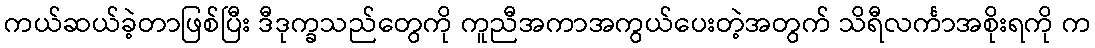
ကယ်ဆယ်ခဲ့တာဖြစ်ပြီး ဒီဒုက္ခသည်တွေကို ကူညီအကာအကွယ်ပေးတဲ့အတွက် သိရီလင်္ကာအစိုးရကို က